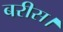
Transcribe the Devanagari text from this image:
बरीस।